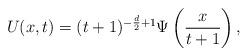
LaTeX: \begin{align*}U(x,t)=(t+1)^{-\frac{d}{2}+1}\Psi\left(\frac{x}{t+1}\right),\end{align*}